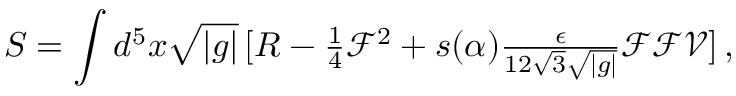
S = \int d ^ { 5 } x \sqrt { | g | } \, [ R - { \textstyle \frac { 1 } { 4 } } \mathcal { F } ^ { 2 } + s ( \alpha ) { \textstyle \frac { \epsilon } { 1 2 \sqrt { 3 } \sqrt { | g | } } } \mathcal { F } \mathcal { F } \mathcal { V } ] \, ,